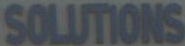
SOLUTIONS